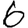
Digit: 6